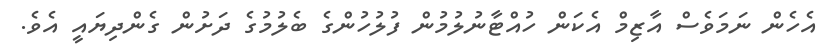
އެހެން ނަމަވެސް އާޒިމް އެކަން ހުއްޓާނުލުމުން ފުލުހުންގެ ބެލުމުގެ ދަށުން ގެންދިޔައީ އެވެ.